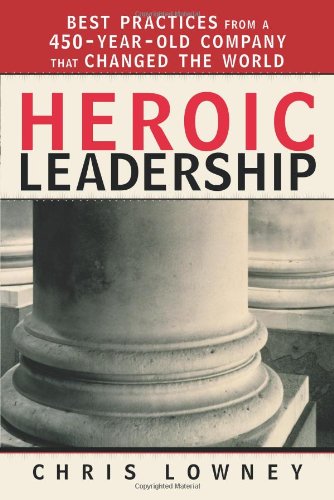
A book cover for Heroic Leadership: Best Practices from a 450-Year-Old Company That Changed the World; Chris Lowney; Christian Books & Bibles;